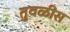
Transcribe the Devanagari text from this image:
तुवळीस